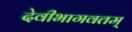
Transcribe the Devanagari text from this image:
देवीभागवतम्